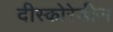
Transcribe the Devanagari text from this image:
दीस्कोरेडीज